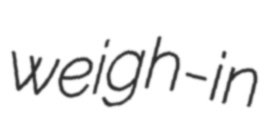
weigh-in